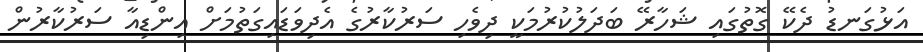
އަޅުގަނޑު ދެކޭ ގޮތުގައި ޝަހާރޭ ބަދަލުކުރުމަކީ ދިވެހި ސަރުކާރުގެ އެދިވަޑައިގަތުމަށް އިންޑިއާ ސަރުކާރުން